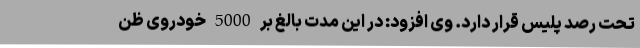
تحت رصد پلیس قرار دارد. وی افزود: در این مدت بالغ بر 5000 خودروی ظن